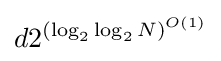
d2^{(\log _{2}\log _{2}N)^{O(1)}}